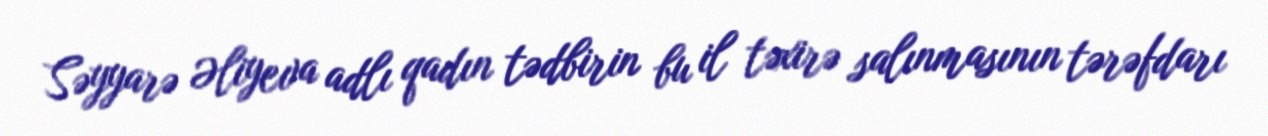
Səyyarə Əliyeva adlı qadın tədbirin bu il təxirə salınmasının tərəfdarı